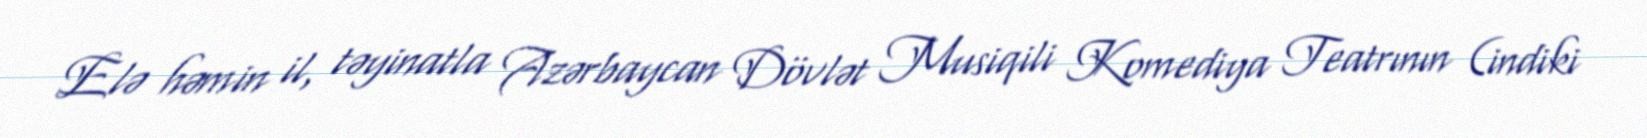
Elə həmin il, təyinatla Azərbaycan Dövlət Musiqili Komediya Teatrının (indiki